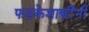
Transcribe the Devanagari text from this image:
फडकेशास्त्रींनी